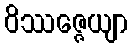
ဝိဿဇ္ဇေယျာ